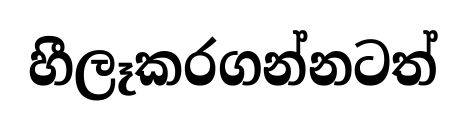
හීලෑකරගන්නටත්